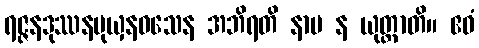
ရဇ္ဇနဒုဿနမုယှနဝသေန အဘိရတိ နာမ န ယုတ္တာတိ။ ဧဝံ